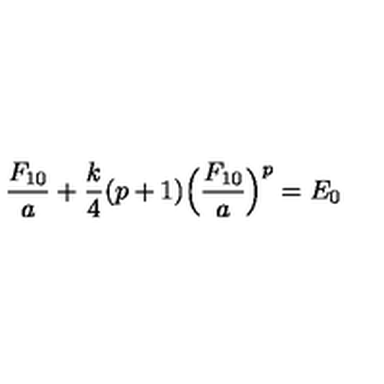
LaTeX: \frac { F _ { 1 0 } } { a } + \frac { k } { 4 } ( p + 1 ) \Bigl ( \frac { F _ { 1 0 } } { a } \Bigr ) ^ { p } = E _ { 0 }